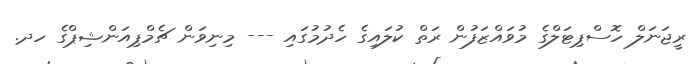
ރީޖަނަލް ހޮސްޕިޓަލްގެ މުވައްޒަފުން ރަތް ކުލައިގެ ހެދުމުގައި --- މިނިވަން ޗެމްޕިއަންޝިޕްގެ ހދ.